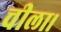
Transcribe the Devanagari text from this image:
चीला।